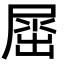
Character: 𡲬